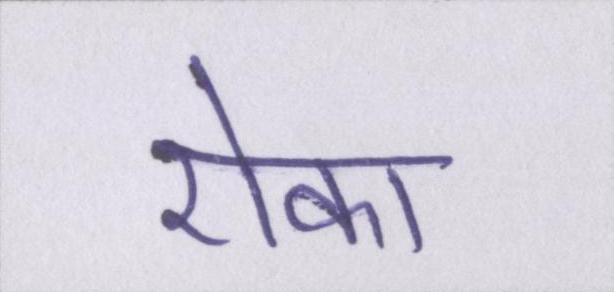
रोका